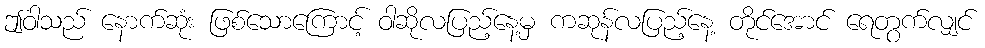
ဤဝါသည် နောက်ဆုံး ဖြစ်သောကြောင့် ဝါဆိုလပြည့်နေ့မှ ကဆုန်လပြည့်နေ့ တိုင်အောင် ရေတွက်လျှင်